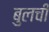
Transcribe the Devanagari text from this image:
बुलची